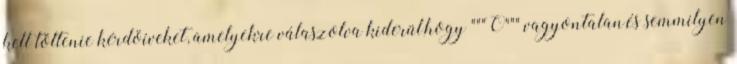
kell töltenie kérdöíveket, amelyekre válaszolva kiderül,hogy """Ö""" vagyontalan,és semmilyen